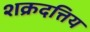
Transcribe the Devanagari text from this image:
शक्रदत्तिय